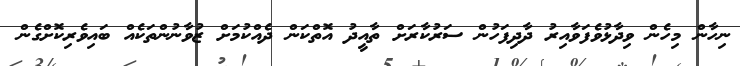
ނިހާން މިހެން ވިދާޅުވެފަވާއިރު ދާދިފަހުން ސަރުކާރަށް ތާއީދު އޮތްކަން ދެއްކުމަށް ޒުވާނުންތަކެއް ބައިވެރިކޮށްގެން